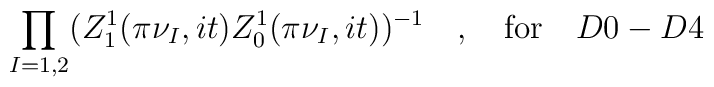
\prod_{I=1,2}(Z_{1}^{1}(\pi\nu_{I},it)Z^{1}_{0}(\pi\nu_{I},it))^{-1}\quad,\quad \mbox{for}\quad D0-D4